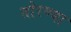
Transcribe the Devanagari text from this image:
तोरण्या